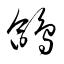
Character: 鴿